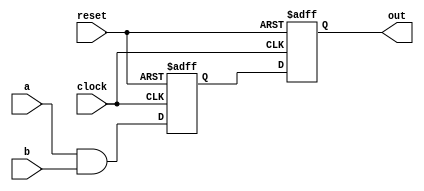
module nand_gate_delay (
    input wire a,
    input wire b,
    output reg out,
    input wire clock,
    input wire reset
);

reg delayed_out;
reg delayed_out_reg;

always @(posedge clock or posedge reset) begin
    if (reset) begin
        delayed_out <= 1'b0;
    end else begin
        delayed_out <= a & b;
    end
end

always @(posedge clock or posedge reset) begin
    if (reset) begin
        delayed_out_reg <= 1'b0;
    end else begin
        delayed_out_reg <= delayed_out;
    end
end

assign out = delayed_out_reg;

endmodule